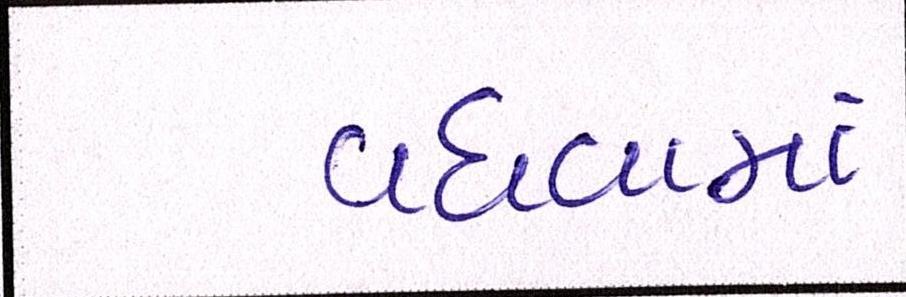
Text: વધવામાં